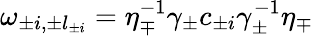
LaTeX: \omega_{\pm i,\pm l_{\pm i}}=\eta_{\mp}^{-1}\gamma_{\pm}c_{\pm i}\gamma_{\pm}^{-1}\eta_{\mp}